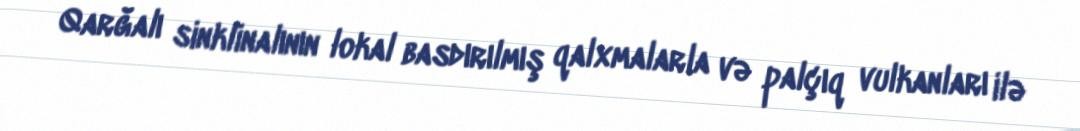
Qarğalı sinklinalının lokal basdırılmış qalxmalarla və palçıq vulkanları ilə